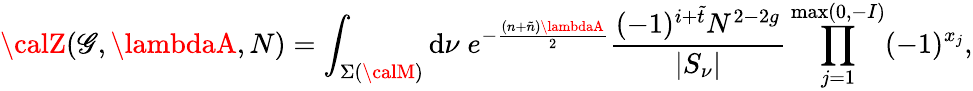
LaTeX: {\calZ}(\mathscr{G},\lambdaA,N)=\int_{\Sigma({\calM})}\mathrm{d}\nu\; e^{-\frac{{(n+\tilde{{n}})\lambdaA}}{{2}}}\frac{{(-1)^{i+\tilde{{t}}}N^{2-2g}}}{{|S_{\nu}|}}\prod_{j=1}^{\operatorname*{max}(0,-I)}(-1)^{x_{j}},